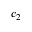
c _ { 2 }